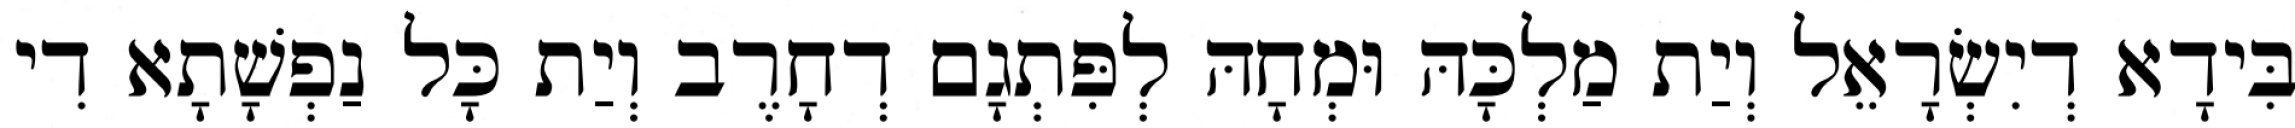
בִּידָא דְיִשְׂרָאֵל וְיַת מַלְכָּהּ וּמְחָהּ לְפִּתְגָם דְחָרֶב וְיַת כָּל נַפְשָׁתָא דִי